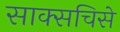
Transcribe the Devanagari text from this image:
साक्सचिसे